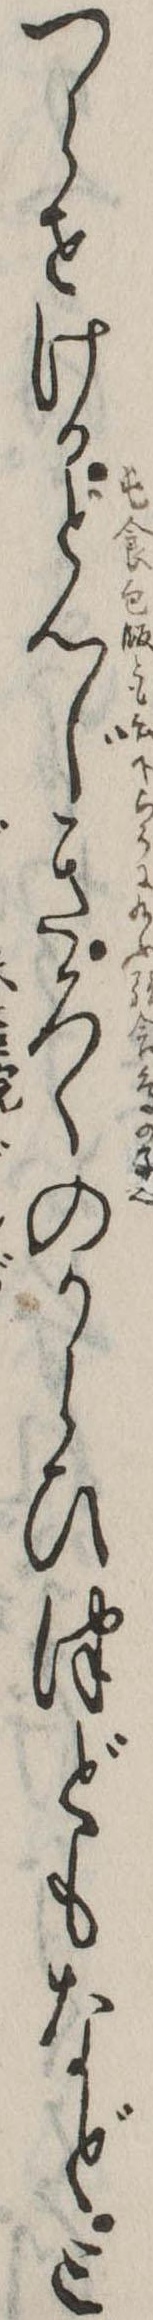
つらせけるとんじきろくのからひつどもなどと